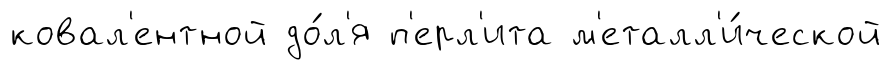
ковал'ентной до́л'я п'ерл'ита м'еталл'и́ческой